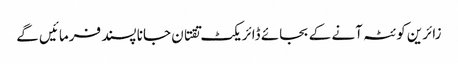
زائرین کوئٹہ آنے کے بجائے ڈائریکٹ تقتان جانا پسند فرمائیں گے